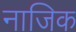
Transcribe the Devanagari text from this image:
नाजिक